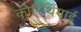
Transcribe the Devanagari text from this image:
कोरिंथियाई